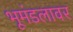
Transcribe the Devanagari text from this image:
भूमंडलावर